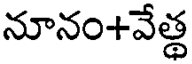
నూనం+వేత్థ